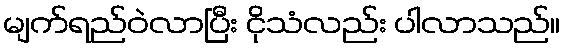
မျက်ရည်ဝဲလာပြီး ငိုသံလည်း ပါလာသည်။